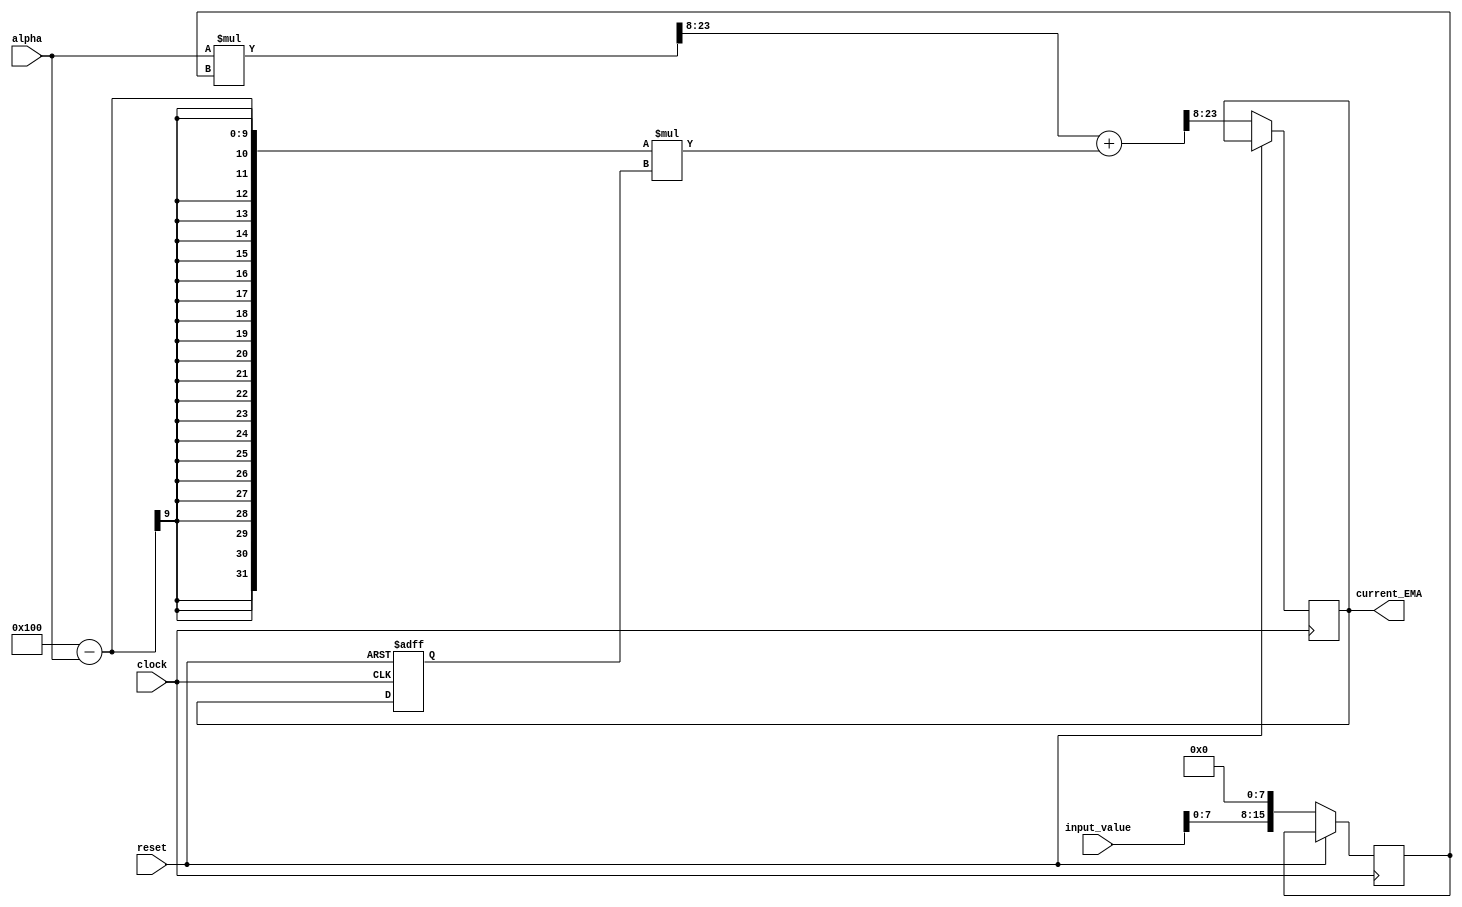
module EMA_accumulator(
    input wire [15:0] input_value, // Input value to be processed
    input wire [7:0] alpha, // Alpha coefficient for EMA calculation
    input wire clock, // Clock signal
    input wire reset, // Reset signal
    
    output reg [15:0] current_EMA // Output EMA value
);
  
reg [15:0] prev_EMA; // Previous EMA value
reg [15:0] scaled_input; // Scaled input value

always @(posedge clock or posedge reset) begin
    if (reset) begin
        prev_EMA <= 16'd0;
    end else begin
        // Scale input value to match EMA accumulator resolution
        scaled_input <= input_value << 8; // Assuming 8 bit scaling
        
        // Calculate EMA using the formula: EMA = (alpha * input) + (1 - alpha) * prev_EMA
        current_EMA <= ((alpha * scaled_input) >> 8) + ((256 - alpha) * prev_EMA) >> 8; // Assuming 8 bit resolution
        
        // Update previous EMA value
        prev_EMA <= current_EMA;
    end
end

endmodule